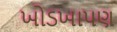
ખોડખાપણ